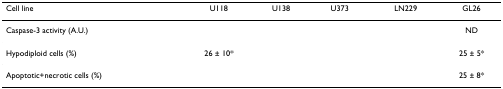
<table><thead><tr><td><b>Cell line</b></td><td><b>U118</b></td><td><b>U138</b></td><td><b>U373</b></td><td><b>LN229</b></td><td><b>GL26</b></td></tr></thead><tbody><tr><td>Caspase-3 activity (A.U.)</td><td>[EMPTY_CELL]</td><td>[EMPTY_CELL]</td><td>[EMPTY_CELL]</td><td>[EMPTY_CELL]</td><td>ND</td></tr><tr><td>Hypodiploid cells (%)</td><td>26 ± 10*</td><td>[EMPTY_CELL]</td><td>[EMPTY_CELL]</td><td>[EMPTY_CELL]</td><td>25 ± 5*</td></tr><tr><td>Apoptotic+necrotic cells (%)</td><td>[EMPTY_CELL]</td><td>[EMPTY_CELL]</td><td>[EMPTY_CELL]</td><td>[EMPTY_CELL]</td><td>25 ± 8*</td></tr></tbody></table>